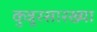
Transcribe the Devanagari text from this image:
कुन्नूरसारख्या